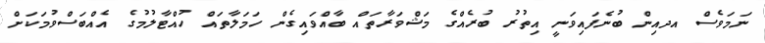
ނަމަވެސް އދއިން ބުނެފައިވަނީ އިތުރު ބުރެއްގެ މަޝްވަރާތައް ބާއްވައިގެން ހަމަލާތައް ހުއްޓާލުމުގެ އެއްބަސްވުމަކަށް